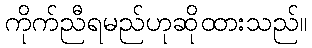
ကိုက်ညီရမည်ဟုဆိုထားသည်။